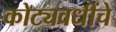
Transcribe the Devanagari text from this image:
कोट्यवधींचे